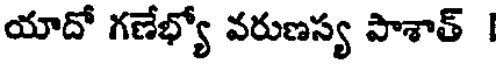
యాదో గణేభ్యో వరుణస్య పాశాత్